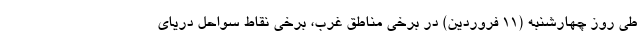
طی روز چهارشنبه (۱۱ فروردین) در برخی مناطق غرب، برخی نقاط سواحل دریای